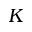
{ \cal K }